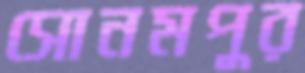
সোনমপুর